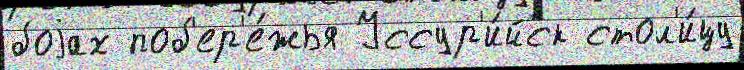
боjах поб'ер'е́жья Уссур'и́йск стол'и́цу